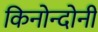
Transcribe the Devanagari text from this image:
किनोन्दोनी